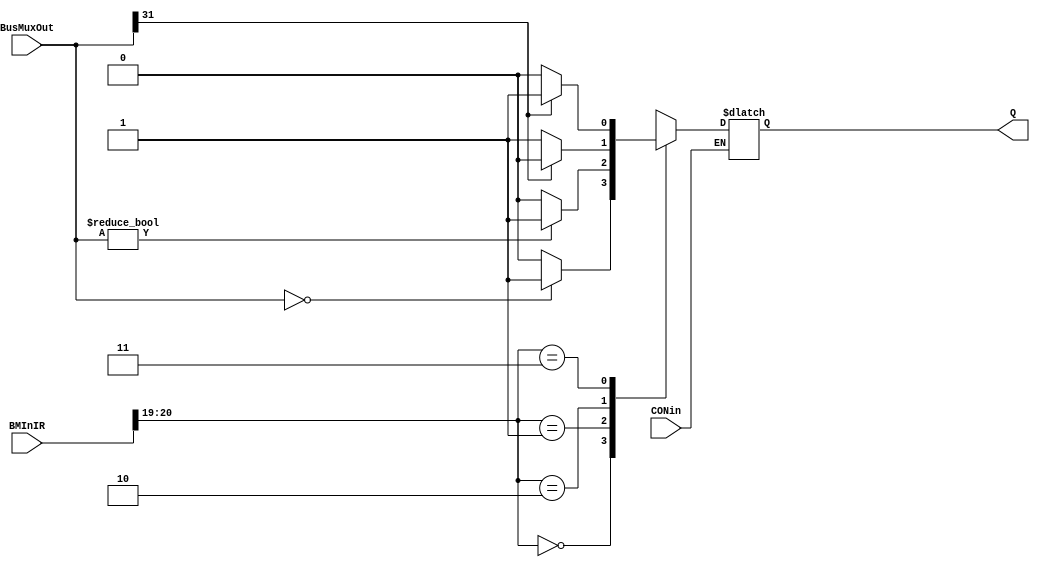
module CON_FF(
	input wire [31:0] BMInIR, BusMuxOut,
	input wire CONin, 
	output wire Q
	); 
	
	wire [1:0] IRbits; 
	wire Q_not; 
	reg flag; 
	reg temp;
	 
	assign IRbits = BMInIR [20:19]; //op code is for [22:21], they want [20:19]???
	
	always @(*) begin 
		case (IRbits) 
			2'b00:	begin
							flag <= 0;
							if(BusMuxOut == 32'd0) flag <= 1; 
						end
			2'b01:	begin
							flag <= 0;
							if(BusMuxOut != 32'd0) flag <= 1; 
						end
			2'b10:	begin
							flag <= 0;
							if(BusMuxOut[31] == 0) flag <= 1; 
						end
			2'b11:	begin
							flag <= 0;
							if(BusMuxOut[31] == 1) flag <= 1; 
						end	
		endcase
	end 
	
	always @(*)
		begin
			if(CONin) temp <= flag;
		end 
	assign Q_not = !Q; 
	assign Q = temp;
						
		
endmodule